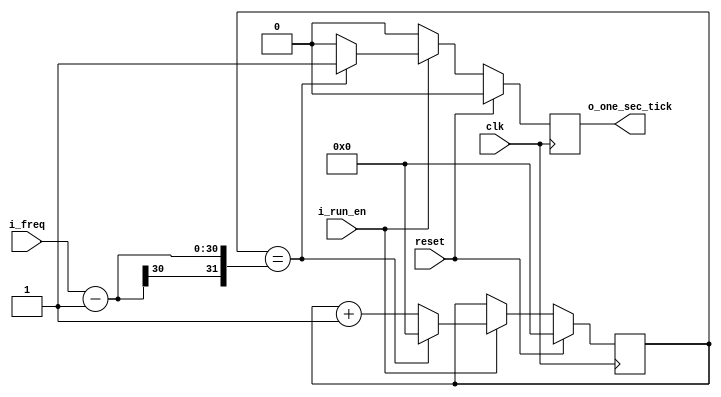
//////////////////////////////////////////////////////////////////////////////////
// Company: Personal
//
// License : https://github.com/matbi86/matbi_fpga_season_1/blob/master/LICENSE
// Design Name: 
// Module Name: matbi_one_sec_gen
// Project Name:
// Target Devices:
// Tool Versions:
// Description: To generate one sec
// Dependencies:
//
// Revision:
// Revision 0.01 - File Created
// Additional Comments:
//
//////////////////////////////////////////////////////////////////////////////////
 
`timescale 1ns / 1ps
module matbi_one_sec_gen(
    clk,
    reset,
	i_run_en,
	i_freq,
    o_one_sec_tick
    );
parameter P_COUNT_BIT = 30; // (default) 30b 
input 						clk;
input 						reset;
input 						i_run_en;
input [P_COUNT_BIT-1:0]		i_freq;
output reg					o_one_sec_tick;

	reg 	[P_COUNT_BIT-1:0] 	r_counter; 

	always @(posedge clk) begin
	    if(reset) begin
			r_counter <= {P_COUNT_BIT{1'b0}};
			o_one_sec_tick <= 1'b0;
	    end else if (i_run_en) begin
			if(r_counter == i_freq -1) begin
				r_counter <= 0;
				o_one_sec_tick <= 1'b1;
			end else begin
				r_counter <= r_counter + 1'b1;
				o_one_sec_tick <= 1'b0;
			end
		end else begin
			o_one_sec_tick <= 1'b0;
		end
	end
endmodule